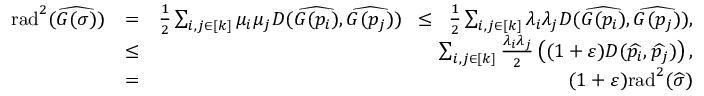
\begin{array} { r l r } { \mathrm { { r a d } } ^ { 2 } ( \widehat { G ( \sigma ) } ) } & { = } & { \frac { 1 } { 2 } \sum _ { i , j \in [ k ] } \mu _ { i } \mu _ { j } D ( \widehat { G ( p _ { i } ) } , \widehat { G ( p _ { j } ) } ) \; \; \leq \; \; \frac { 1 } { 2 } \sum _ { i , j \in [ k ] } \lambda _ { i } \lambda _ { j } D ( \widehat { G ( p _ { i } ) } , \widehat { G ( p _ { j } ) } ) , } \\ & { \leq } & { \sum _ { i , j \in [ k ] } \frac { \lambda _ { i } \lambda _ { j } } { 2 } \ensuremath { \left( ( 1 + { \varepsilon } ) D ( \widehat { p _ { i } } , \widehat { p _ { j } } ) \right) } , } \\ & { = } & { ( 1 + { \varepsilon } ) { \mathrm { r a d } } ^ { 2 } ( \widehat { \sigma } ) } \end{array}